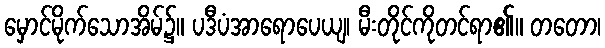
မှောင်မိုက်သောအိမ်၌။ ပဒီပံအာရောပေယျ၊ မီးတိုင်ကိုတင်ရာ၏။ တတော၊